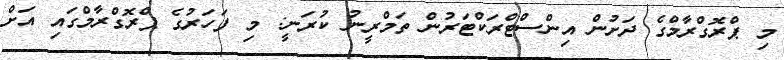
މި ޕްރޮގްރާމްގެ ދަށުން އިންސްޓްރަކްޓަރުން ތަމްރީނު ކުރަނީ: މި ފަހަރުގެ ޕްރޮގްރާމްގައި އަށް